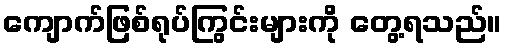
ကျောက်ဖြစ်ရုပ်ကြွင်းများကို တွေ့ရသည်။